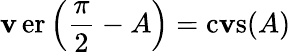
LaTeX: \operatorname{\mathbf{v}er}\left({\frac{{\pi}}{{2}}}-A\right)=\operatorname{c\mathbf{v}s}(A)